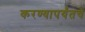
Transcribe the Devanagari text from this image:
करण्यापर्यंतचे